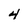
Character: 4